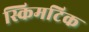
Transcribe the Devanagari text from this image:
स्किमटिक